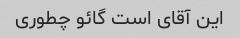
این آقای است گائو چطوری